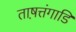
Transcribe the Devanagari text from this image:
ताष़त्तंगाडि